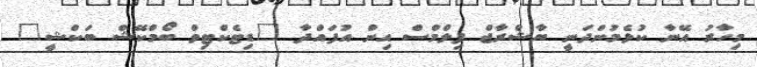
މިހާރު އޭނާ ކުޅެމުންދަނީ ޔާޝްރާޖް ފިލްމްސް އިން އުފައްދާ "ޑިޓެކްޓިވް ބޯމްކޭޝް ބަކްޝީ"